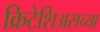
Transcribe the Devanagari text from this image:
क्रिटेशिअसच्या